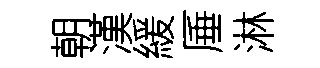
朝漢緩厜淋